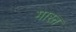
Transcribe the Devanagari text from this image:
गारत